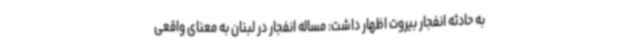
به حادثه انفجار بیروت اظهار داشت: مساله انفجار در لبنان به معنای واقعی